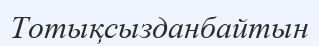
Тотықсызданбайтын